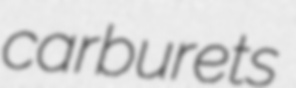
carburets